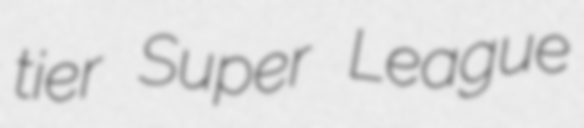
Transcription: tier Super League